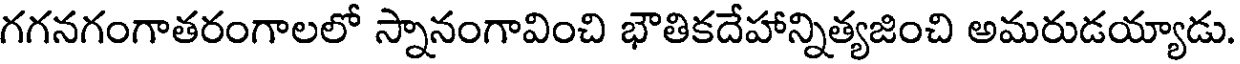
గగనగంగాతరంగాలలో స్నానంగావించి భౌతికదేహాన్నిత్యజించి అమరుడయ్యాడు.